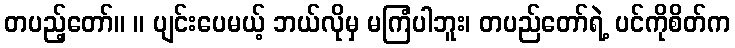
တပည့်တော်။ ။ ပျင်းပေမယ့် ဘယ်လိုမှ မကြံပါဘူး၊ တပည်တော်ရဲ့ ပင်ကိုစိတ်က